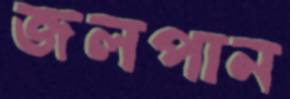
জলপান